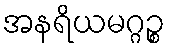
အနရိယမဂ္ဂဉ္စ